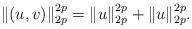
LaTeX: \begin{align*}\|(u,v)\|_{2p}^{2p}=\|u\|_{2p}^{2p}+\|u\|_{2p}^{2p}.\end{align*}